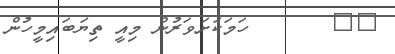
٥٠       ހަމަކަށަވަރުން މިއީ ތިޔަބައިމީހުން